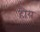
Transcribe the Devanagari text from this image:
हौय